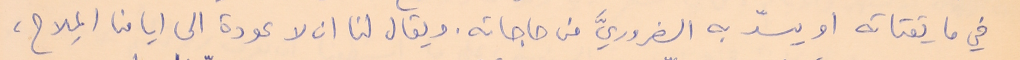
في ما يقتاته او يسدّ به الضروريَّ من حاجاته. ويقال لنا ان لا عودة الى ايامنا المِلاح،